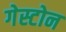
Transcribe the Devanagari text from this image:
गेस्टोन